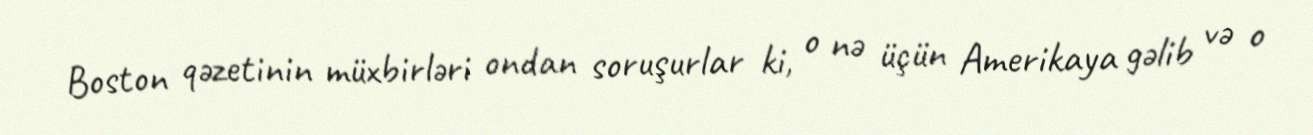
Boston qəzetinin müxbirləri ondan soruşurlar ki, o nə üçün Amerikaya gəlib və o